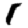
Digit: 1